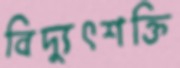
বিদ্যুৎশক্তি